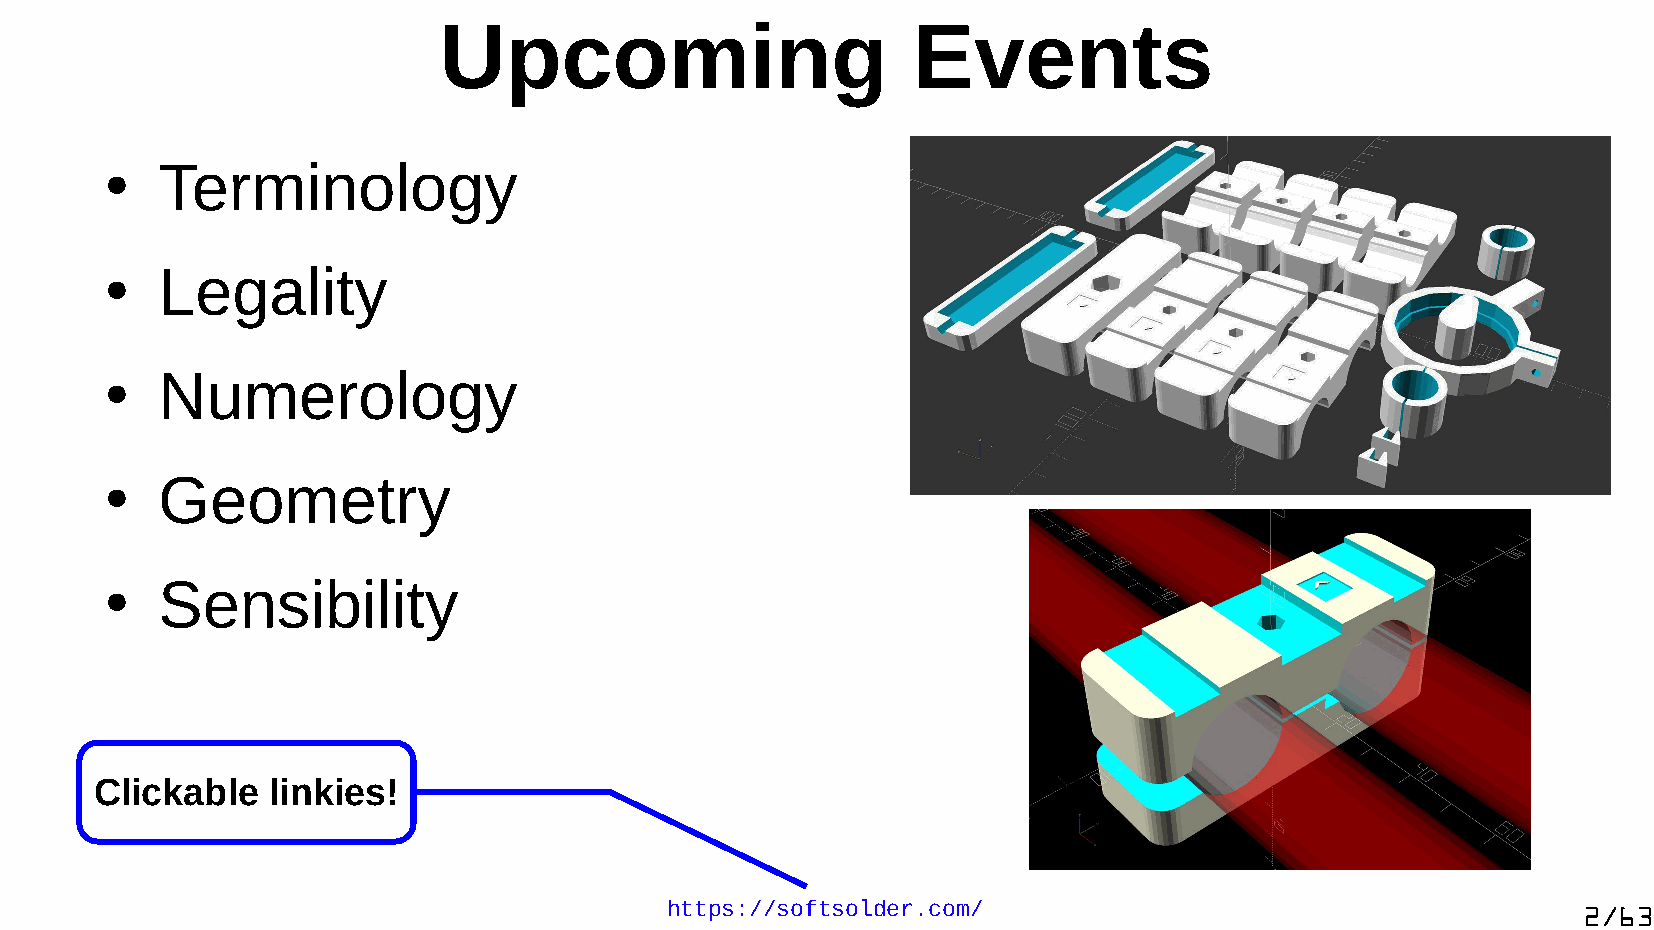
Upcoming                       Events
 Terminology
 ●
 Legality
 ●
 Numerology
 ●
 Geometry
 ●
 Sensibility
 ●
 Clickable   linkies!
 https://softsolder.com/                                      2/63